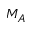
M _ { A }